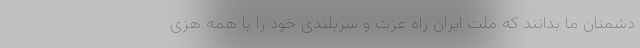
دشمنان ما بدانند که ملت ایران راه عزت و سربلندی خود را با همه هزی